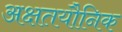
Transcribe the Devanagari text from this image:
अक्षतयौनिक